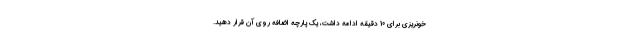
خونریزی برای 10 دقیقه ادامه داشت، یک پارچه اضافه روی آن قرار دهید.